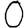
Digit: 0